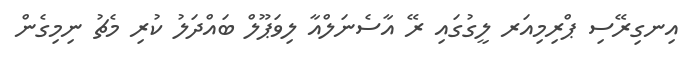
އިނގިރޭސި ޕްރިމިއަރ ލީގުގައި ރޭ އާސެނަލްއާ ލިވަޕޫލް ބައްދަލު ކުރި މެޗު ނިމިގެން